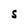
Character: S